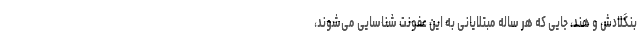
بنگلادش و هند، جایی که هر ساله مبتلایانی به این عفونت شناسایی می‌شوند،